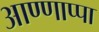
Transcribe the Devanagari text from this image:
आण्णाप्पा